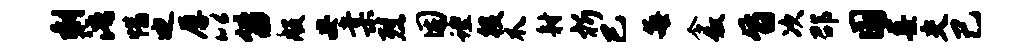
剩浯惜迪厚以笛般安棠烈困蝗役爪射析巳每令叙旨次邵国墨交己